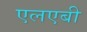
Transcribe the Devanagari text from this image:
एलएबी